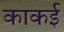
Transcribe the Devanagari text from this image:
काकई